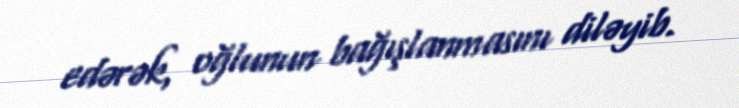
edərək, oğlunun bağışlanmasını diləyib.